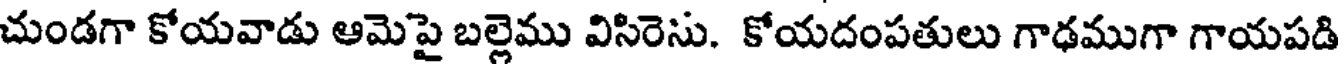
చుండగా కోయవాడు ఆమెపై బల్లెము విసిరెసు. కోయదంపతులు గాఢముగా గాయపడి